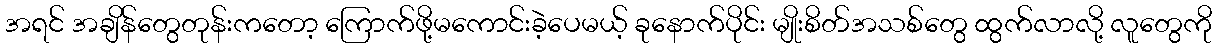
အရင် အချိန်တွေတုန်းကတော့ ကြောက်ဖို့မကောင်းခဲ့ပေမယ့် ခုနောက်ပိုင်း မျိုးစိတ်အသစ်တွေ ထွက်လာလို့ လူတွေကို